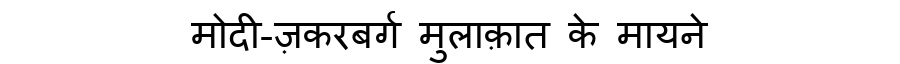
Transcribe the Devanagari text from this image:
मोदी-ज़करबर्ग मुलाक़ात के मायने